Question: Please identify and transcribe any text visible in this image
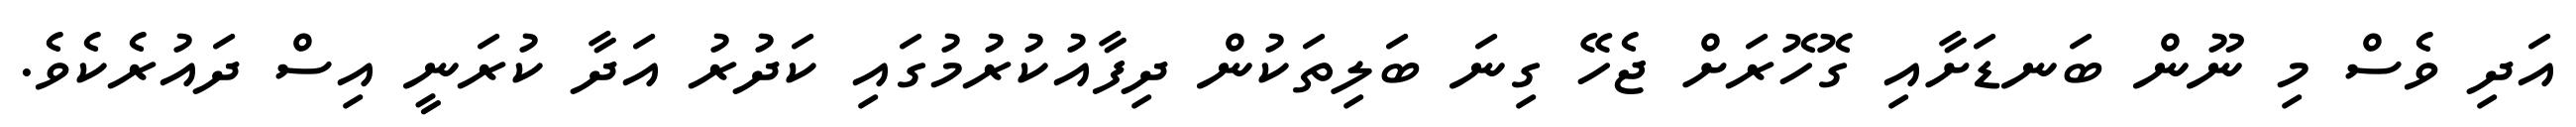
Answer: އަދި ވެސް މި ނޫން ބަނޑަށާއި ގޮހޮރަށް ޖެހޭ ގިނަ ބަލިތަކުން ދިފާއުކުރުމުގައި ކަދުރު އަދާ ކުރަނީ އިސް ދައުރެކެވެ.